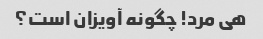
هی مرد! چگونه آویزان است؟